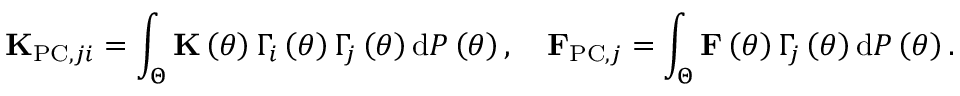
{ \bf K } _ { \mathrm { P C } , j i } = \int _ { \Theta } { \bf K } \left( \theta \right) \Gamma _ { i } \left( \theta \right) \Gamma _ { j } \left( \theta \right) \mathrm { d } { \cal P } \left( \theta \right) , \quad { \bf F } _ { \mathrm { P C } , j } = \int _ { \Theta } { \bf F } \left( \theta \right) \Gamma _ { j } \left( \theta \right) \mathrm { d } { \cal P } \left( \theta \right) .